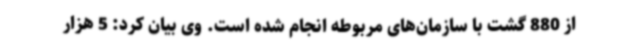
از 880 گشت با سازمان‌های مربوطه انجام شده است. وی بیان کرد: 5 هزار